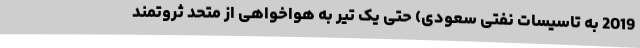
2019 به تاسیسات نفتی سعودی) حتی یک تیر به هواخواهی از متحد ثروتمند